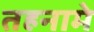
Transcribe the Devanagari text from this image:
तहनामे